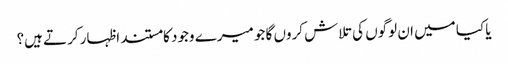
یا کیا میں ان لوگوں کی تلاش کروں گا جو میرے وجود کا مستند اظہار کرتے ہیں؟